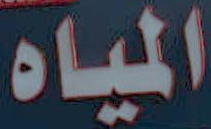
المياه